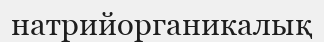
натрийорганикалық